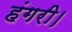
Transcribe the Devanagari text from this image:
हंगरी।